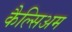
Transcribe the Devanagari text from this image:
कैल्सिअम